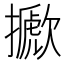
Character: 擨